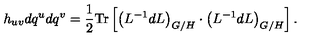
h _ { u v } d q ^ { u } d q ^ { v } = \frac 1 2 \mathrm { T r } \left[ \left( L ^ { - 1 } d L \right) _ { G / H } \cdot \left( L ^ { - 1 } d L \right) _ { G / H } \right] .